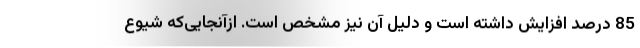
85 درصد افزایش داشته است و دلیل آن نیز مشخص است. ازآنجایی‌که شیوع